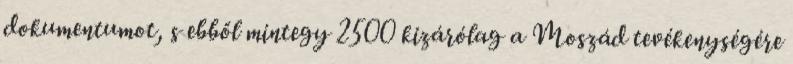
dokumentumot, s ebből mintegy 2500 kizárólag a Moszád tevékenységére